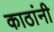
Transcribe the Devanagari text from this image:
काठांनी